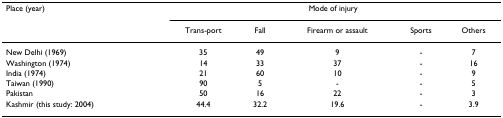
| Place (year) | <COLSPAN=5> Mode of injury |
 |  | Trans-port | Fall | Firearm or assault | Sports | Others |
 | --- | --- | --- | --- | --- | --- |
 | New Delhi (1969) | 35 | 49 | 9 | - | 7 |
 | Washington (1974) | 14 | 33 | 37 | - | 16 |
 | India (1974) | 21 | 60 | 10 | - | 9 |
 | Taiwan (1990) | 90 | 5 | - | - | 5 |
 | Pakistan | 50 | 16 | 22 | - | 3 |
 | Kashmir (this study: 2004) | 44.4 | 32.2 | 19.6 | - | 3.9 |